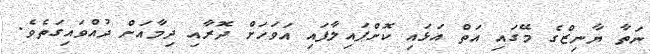
ނަތާ ޔާނިޒްގެ މޭގައި އަތް އަޅައި ކޮށްޕައިލާފައި އަވަހަށް ދޮރާއި ދިމާއަށް ދުއްވައިގަތެވެ.